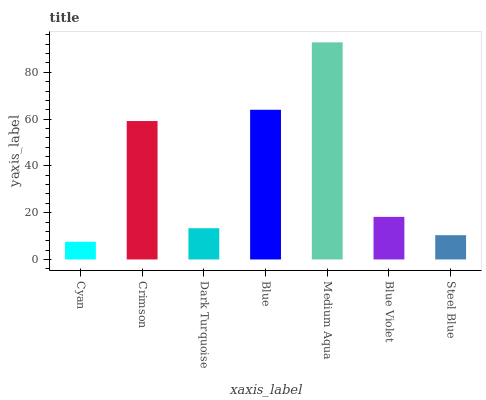
| xaxis_label | bars |
 | --- | --- |
 | Cyan | 7.56 |
 | Crimson | 59.2 |
 | Dark Turquoise | 13.4 |
 | Blue | 64 |
 | Medium Aqua | 92.8 |
 | Blue Violet | 18.2 |
 | Steel Blue | 10.4 |